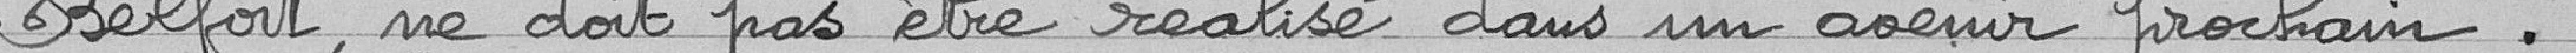
Belfort, ne doit pas être réalisé dans un avenir prochain.